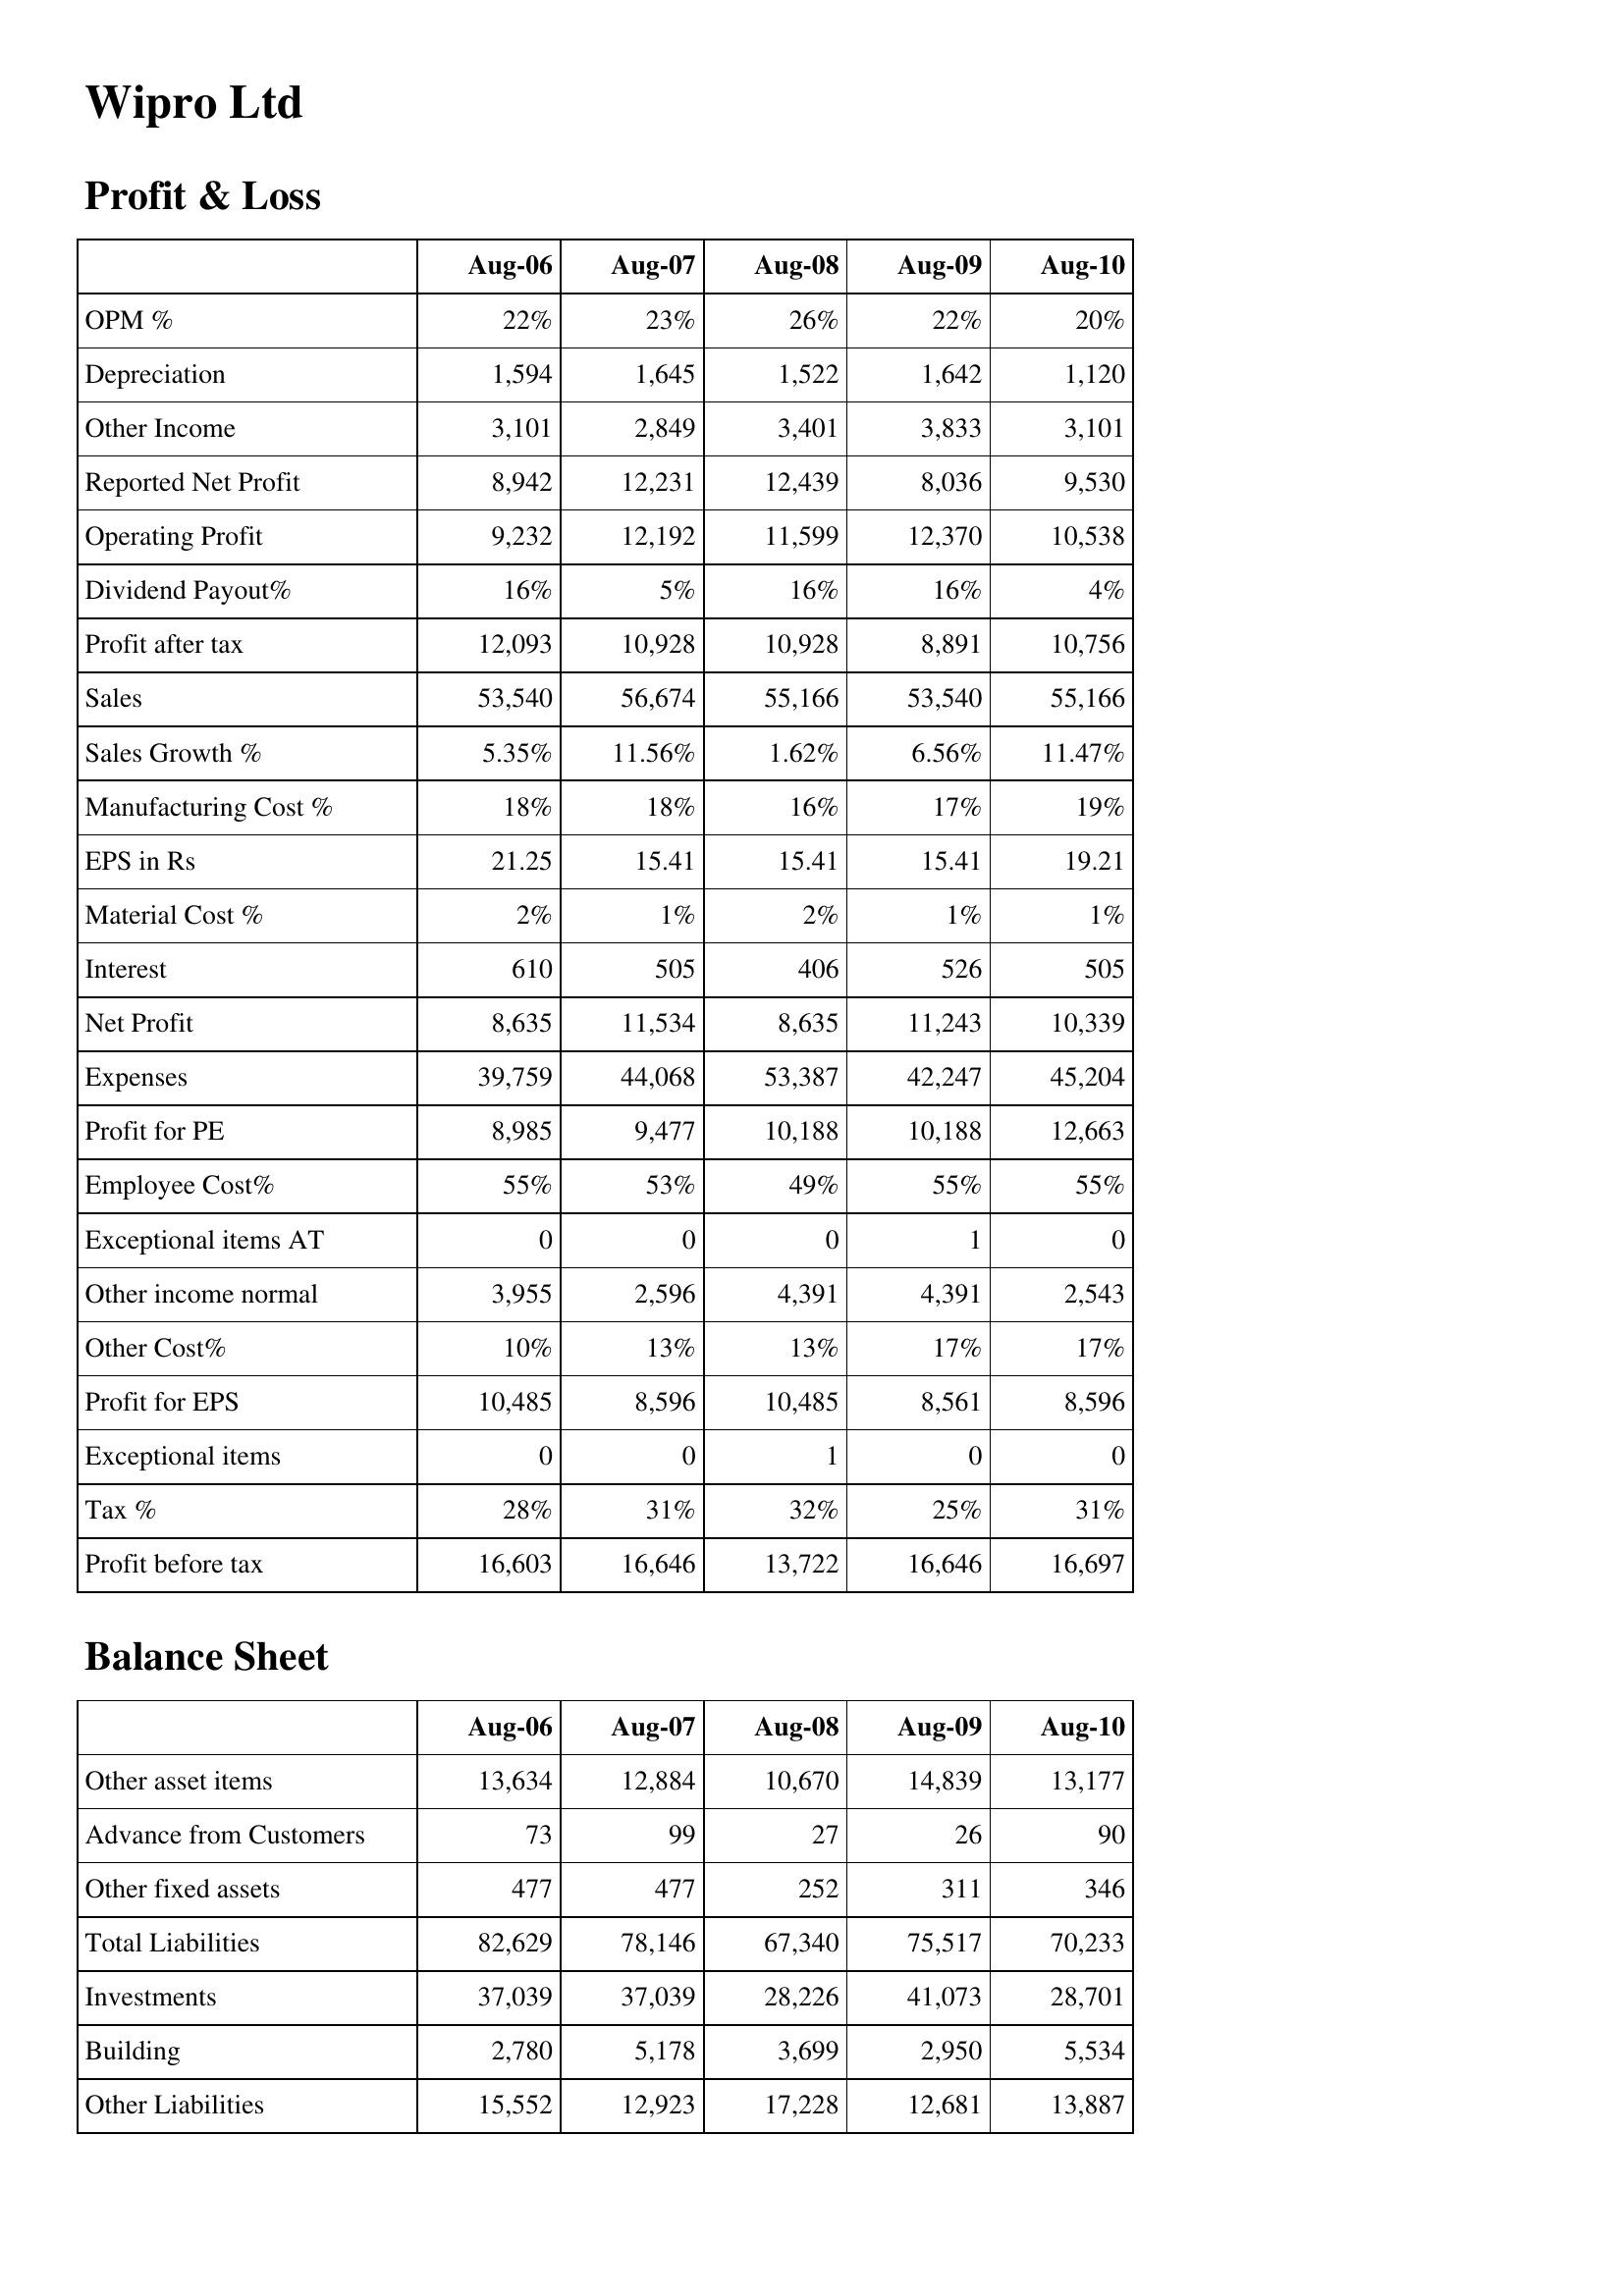
Aug-06: Profit & Loss: OPM %: 22%
Depreciation: 1,594
Other Income: 3,101
Reported Net Profit: 8,942
Operating Profit: 9,232
Dividend Payout%: 16%
Profit after tax: 12,093
Sales: 53,540
Sales Growth %: 5.35%
Manufacturing Cost %: 18%
EPS in Rs: 21.25
Material Cost %: 2%
Interest: 610
Net Profit: 8,635
Expenses: 39,759
Profit for PE: 8,985
Employee Cost%: 55%
Exceptional items AT: 0
Other income normal: 3,955
Other Cost%: 10%
Profit for EPS: 10,485
Exceptional items: 0
Tax %: 28%
Profit before tax: 16,603
Balance Sheet: Other asset items: 13,634
Advance from Customers: 73
Other fixed assets: 477
Total Liabilities: 82,629
Investments: 37,039
Building: 2,780
Other Liabilities: 15,552
Aug-07: Profit & Loss: OPM %: 23%
Depreciation: 1,645
Other Income: 2,849
Reported Net Profit: 12,231
Operating Profit: 12,192
Dividend Payout%: 5%
Profit after tax: 10,928
Sales: 56,674
Sales Growth %: 11.56%
Manufacturing Cost %: 18%
EPS in Rs: 15.41
Material Cost %: 1%
Interest: 505
Net Profit: 11,534
Expenses: 44,068
Profit for PE: 9,477
Employee Cost%: 53%
Exceptional items AT: 0
Other income normal: 2,596
Other Cost%: 13%
Profit for EPS: 8,596
Exceptional items: 0
Tax %: 31%
Profit before tax: 16,646
Balance Sheet: Other asset items: 12,884
Advance from Customers: 99
Other fixed assets: 477
Total Liabilities: 78,146
Investments: 37,039
Building: 5,178
Other Liabilities: 12,923
Aug-08: Profit & Loss: OPM %: 26%
Depreciation: 1,522
Other Income: 3,401
Reported Net Profit: 12,439
Operating Profit: 11,599
Dividend Payout%: 16%
Profit after tax: 10,928
Sales: 55,166
Sales Growth %: 1.62%
Manufacturing Cost %: 16%
EPS in Rs: 15.41
Material Cost %: 2%
Interest: 406
Net Profit: 8,635
Expenses: 53,387
Profit for PE: 10,188
Employee Cost%: 49%
Exceptional items AT: 0
Other income normal: 4,391
Other Cost%: 13%
Profit for EPS: 10,485
Exceptional items: 1
Tax %: 32%
Profit before tax: 13,722
Balance Sheet: Other asset items: 10,670
Advance from Customers: 27
Other fixed assets: 252
Total Liabilities: 67,340
Investments: 28,226
Building: 3,699
Other Liabilities: 17,228
Aug-09: Profit & Loss: OPM %: 22%
Depreciation: 1,642
Other Income: 3,833
Reported Net Profit: 8,036
Operating Profit: 12,370
Dividend Payout%: 16%
Profit after tax: 8,891
Sales: 53,540
Sales Growth %: 6.56%
Manufacturing Cost %: 17%
EPS in Rs: 15.41
Material Cost %: 1%
Interest: 526
Net Profit: 11,243
Expenses: 42,247
Profit for PE: 10,188
Employee Cost%: 55%
Exceptional items AT: 1
Other income normal: 4,391
Other Cost%: 17%
Profit for EPS: 8,561
Exceptional items: 0
Tax %: 25%
Profit before tax: 16,646
Balance Sheet: Other asset items: 14,839
Advance from Customers: 26
Other fixed assets: 311
Total Liabilities: 75,517
Investments: 41,073
Building: 2,950
Other Liabilities: 12,681
Aug-10: Profit & Loss: OPM %: 20%
Depreciation: 1,120
Other Income: 3,101
Reported Net Profit: 9,530
Operating Profit: 10,538
Dividend Payout%: 4%
Profit after tax: 10,756
Sales: 55,166
Sales Growth %: 11.47%
Manufacturing Cost %: 19%
EPS in Rs: 19.21
Material Cost %: 1%
Interest: 505
Net Profit: 10,339
Expenses: 45,204
Profit for PE: 12,663
Employee Cost%: 55%
Exceptional items AT: 0
Other income normal: 2,543
Other Cost%: 17%
Profit for EPS: 8,596
Exceptional items: 0
Tax %: 31%
Profit before tax: 16,697
Balance Sheet: Other asset items: 13,177
Advance from Customers: 90
Other fixed assets: 346
Total Liabilities: 70,233
Investments: 28,701
Building: 5,534
Other Liabilities: 13,887